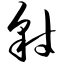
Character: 豺